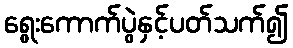
ရွေးကောက်ပွဲနှင့်ပတ်သက်၍